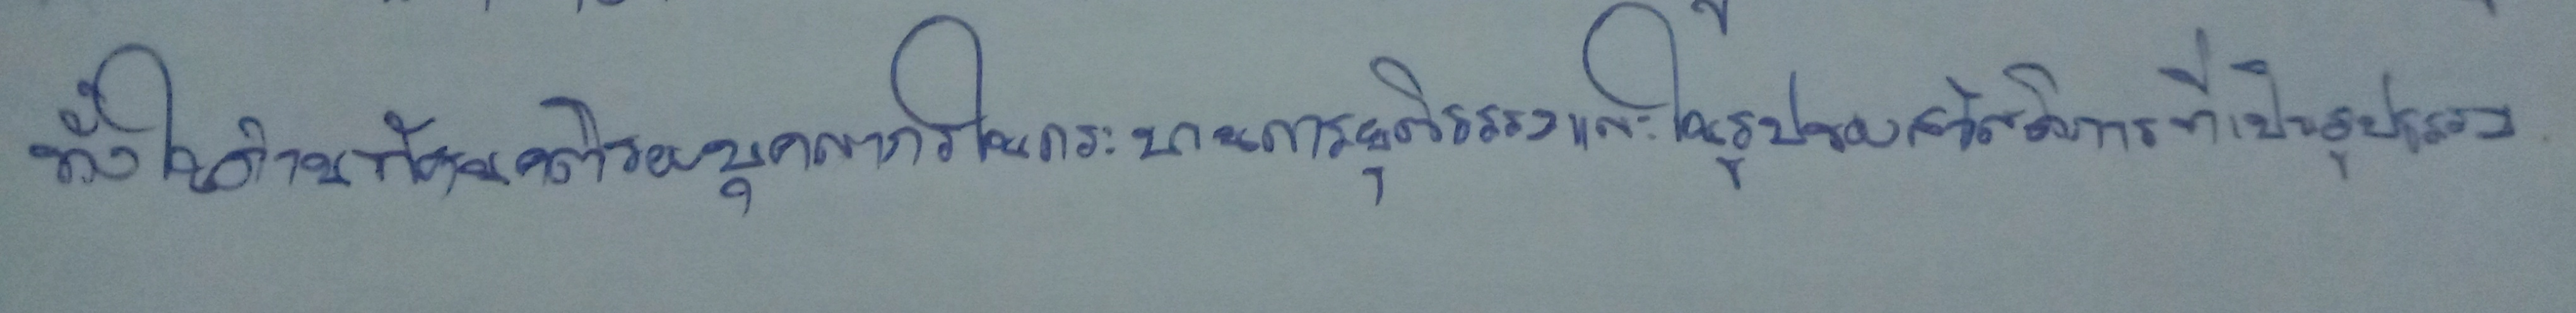
ทั้งในด้านทัศนคติของบุคลากรในกระบวนการยุติธรรมและในรูปของสวัสดิการที่เป็นรูปธรรม